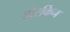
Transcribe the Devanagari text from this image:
डोरकिन